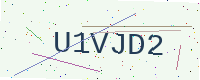
Text: U1VJD2